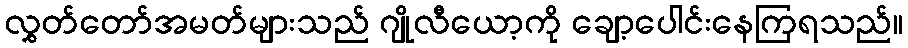
လွှတ်တော်အမတ်များသည် ဂျိုလီယော့ကို ချော့ပေါင်းနေကြရသည်။